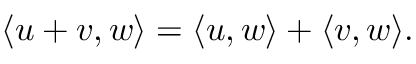
\langle u + v , w \rangle = \langle u , w \rangle + \langle v , w \rangle .